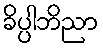
ခိပ္ပါဘိညာ